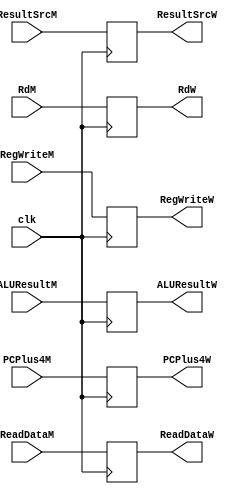
`timescale 1ns / 1ps
//////////////////////////////////////////////////////////////////////////////////
// Company: 
// Engineer: 
// 
// Design Name: 
// Module Name: memory_register
// Project Name: 
// Target Devices: 
// Tool Versions: 
// Description: 
// 
// Dependencies: 
// 
// Revision:
// Revision 0.01 - File Created
// Additional Comments:
// 
//////////////////////////////////////////////////////////////////////////////////


module memory_register(
input clk,
input RegWriteM,
input [4:0] RdM,
input [1:0] ResultSrcM,
input [31:0] ALUResultM,ReadDataM,PCPlus4M,
output reg RegWriteW,
output reg [4:0] RdW,
output reg [1:0] ResultSrcW,
output reg [31:0] ALUResultW,ReadDataW,PCPlus4W
    );
    
    always @ (posedge clk)
    begin
        RegWriteW <= RegWriteM;
        ResultSrcW <= ResultSrcM;
        ALUResultW <= ALUResultM;
        ReadDataW <= ReadDataM;
        PCPlus4W <= PCPlus4M;
        RdW <= RdM;
    end
    
endmodule